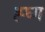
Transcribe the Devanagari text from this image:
ह्घ्ग